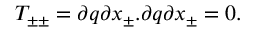
T _ { \pm \pm } = { \partial q \o { \partial x _ { \pm } } } . { \partial q \o { \partial x _ { \pm } } } = 0 .